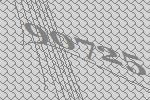
90725